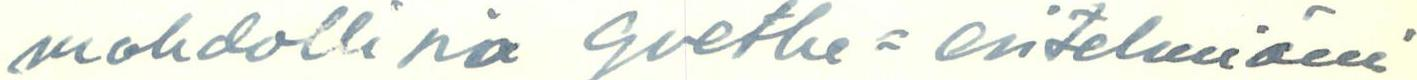
mahdollisia Goethe=esitelmiäni